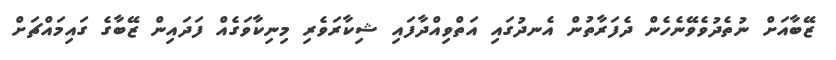
ޒޭބާއަށް ނުތެދުވެވޭނެހެން ދެފަރާތުން އެނދުގައި އަތްވިއްދާފައި ޝިކާރަވެރި މިނިކާވަގެއް ފަދައިން ޒޭބާގެ ގައިމައްޗަށް